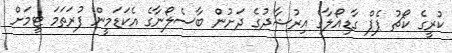
ކުރީގެ ކޯޗު ޕެޕް ގާޑިއޯލާގެ އިރުޝާދުގެ ދަށުން ބާސެލޯނާގެ އެކަޑަމީން ފުރަތަމަ ޓީމަށް